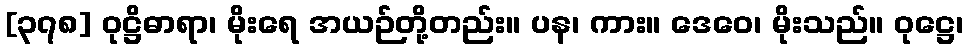
[၃၇၈] ဝုဋ္ဌိဓာရာ၊ မိုးရေ အယဉ်တို့တည်း။ ပန၊ ကား။ ဒေဝေ၊ မိုးသည်။ ဝုဋ္ဌေ၊